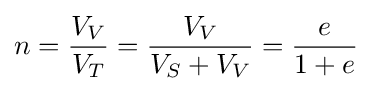
n={\frac {V_{V}}{V_{T}}}={\frac {V_{V}}{V_{S}+V_{V}}}={\frac {e}{1+e}}